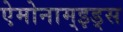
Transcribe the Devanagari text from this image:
ऐमोनाम्‌इड्स